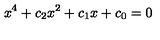
x ^ { 4 } + c _ { 2 } x ^ { 2 } + c _ { 1 } x + c _ { 0 } = 0